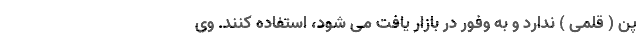
پن ( قلمی ) ندارد و به وفور در بازار یافت می شود، استفاده کنند. وی